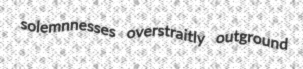
solemnnesses overstraitly outground